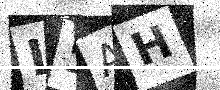
Text: L5AH